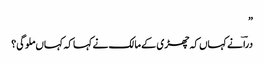
”
دراؔ نے کہاں کہ چھڑی کے مالک نے کہا کہ کہاں ملوگی؟